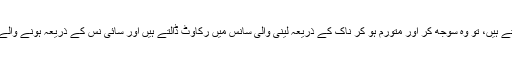
غدودہ عام طور پر کم متاثر ہوتے ہیں، تاہم جب وہ متاثر ہو جا تے ہیں، تو وہ سوجھ کر اور متورم ہو کر ناک کے ذریعہ لینی والی سانس میں رکاوٹ ڈالتے ہیں اور سائی نس کے ذریعہ ہونے والے نکاسی میں مانع ہوتے ہیں ہیں جس سے مزید انفیکشن ہوتا ہے۔